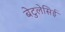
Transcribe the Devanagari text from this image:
बेटुलेसिई